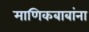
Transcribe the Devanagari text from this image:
माणिकबाबांना